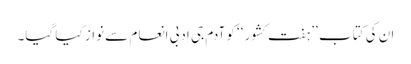
ان کی کتاب ’’ہفت کشور ‘‘ کو آدم جی ادبی انعام سے نواز کیا گیا۔